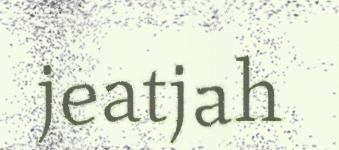
jeatjah